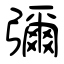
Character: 彌